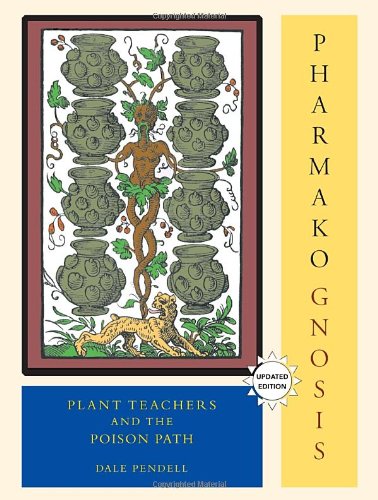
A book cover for Pharmako Gnosis: Plant Teachers and the Poison Path; Dale Pendell; Health, Fitness & Dieting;